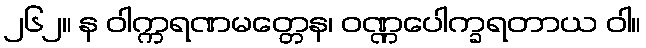
၂၆၂။ န ဝါက္ကရဏမတ္တေန၊ ဝဏ္ဏပေါက္ခရတာယ ဝါ။